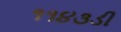
૧૧૪૩ડી